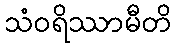
သံဝရိဿာမီတိ